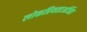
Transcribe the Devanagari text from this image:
लोकप्रियताअर्जित